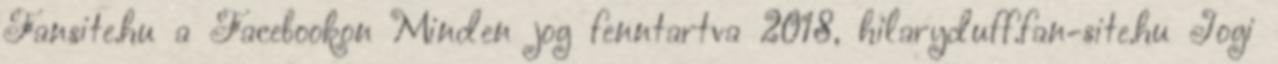
Fansite.hu a Facebookon Minden jog fenntartva 2018, hilaryduff.fan-site.hu Jogi